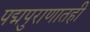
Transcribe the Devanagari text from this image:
पद्मपुराणातही